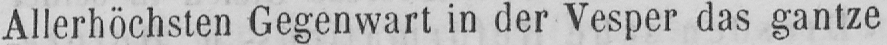
Allerhöchsten Gegenwart in der Vesper das gantze